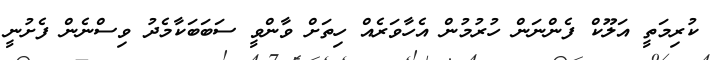
ކުރިމަތީ އަލޫކް ފެންނަން ހުރުމުން އެހާވަރެއް ހިތަށް ވާންވީ ސަބަބަކާމެދު ވިސްނެން ފެށުނީ